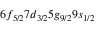
6 f _ { 5 / 2 } 7 d _ { 3 / 2 } 5 g _ { 9 / 2 } 9 s _ { 1 / 2 }